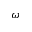
\omega